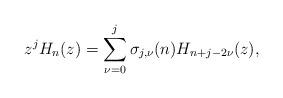
LaTeX: \begin{align*}z^j H_{n}(z)= \sum_{\nu=0}^{j} \sigma_{j,\nu}(n) H_{n+j-2\nu}(z),\end{align*}